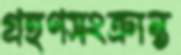
গ্রহণসংক্রান্ত